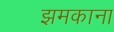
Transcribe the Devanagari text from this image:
झमकाना